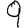
Digit: 9